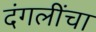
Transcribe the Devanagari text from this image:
दंगलींचा